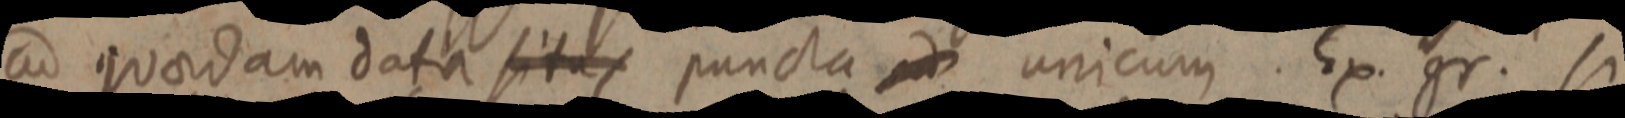
ad quaedam data situs puncta ad unicum. Ex. gr. si